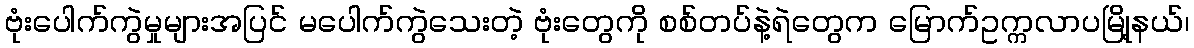
ဗုံးပေါက်ကွဲမှုများအပြင် မပေါက်ကွဲသေးတဲ့ ဗုံးတွေကို စစ်တပ်နဲ့ရဲတွေက မြောက်ဥက္ကလာပမြို့နယ်၊